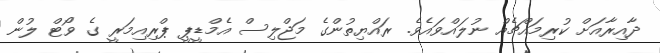
ދާއިރާއަށް ކުރިމައްޗެއް ނުލައްވައެވެ. ރައްޔިތުންގެ މަޖްލިސް އެމްޑީޕީ ޕްރިއިމަރީ ގެ ވޯޓް ލުން